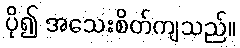
ပို၍ အသေးစိတ်ကျသည်။